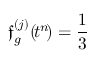
\boldsymbol { \mathfrak { f } } _ { g } ^ { ( j ) } ( \! t ^ { n } \! ) = \frac { 1 } { 3 }